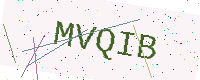
Text: MVQIB